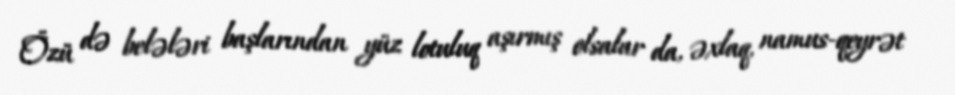
Özü də belələri başlarından yüz lotuluq aşırmış olsalar da, əxlaq, namus-qeyrət